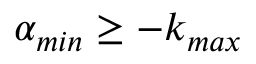
\alpha _ { m i n } \geq - k _ { m a x }